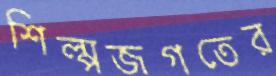
শিল্পজগতের